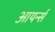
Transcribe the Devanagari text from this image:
आयर्न्स